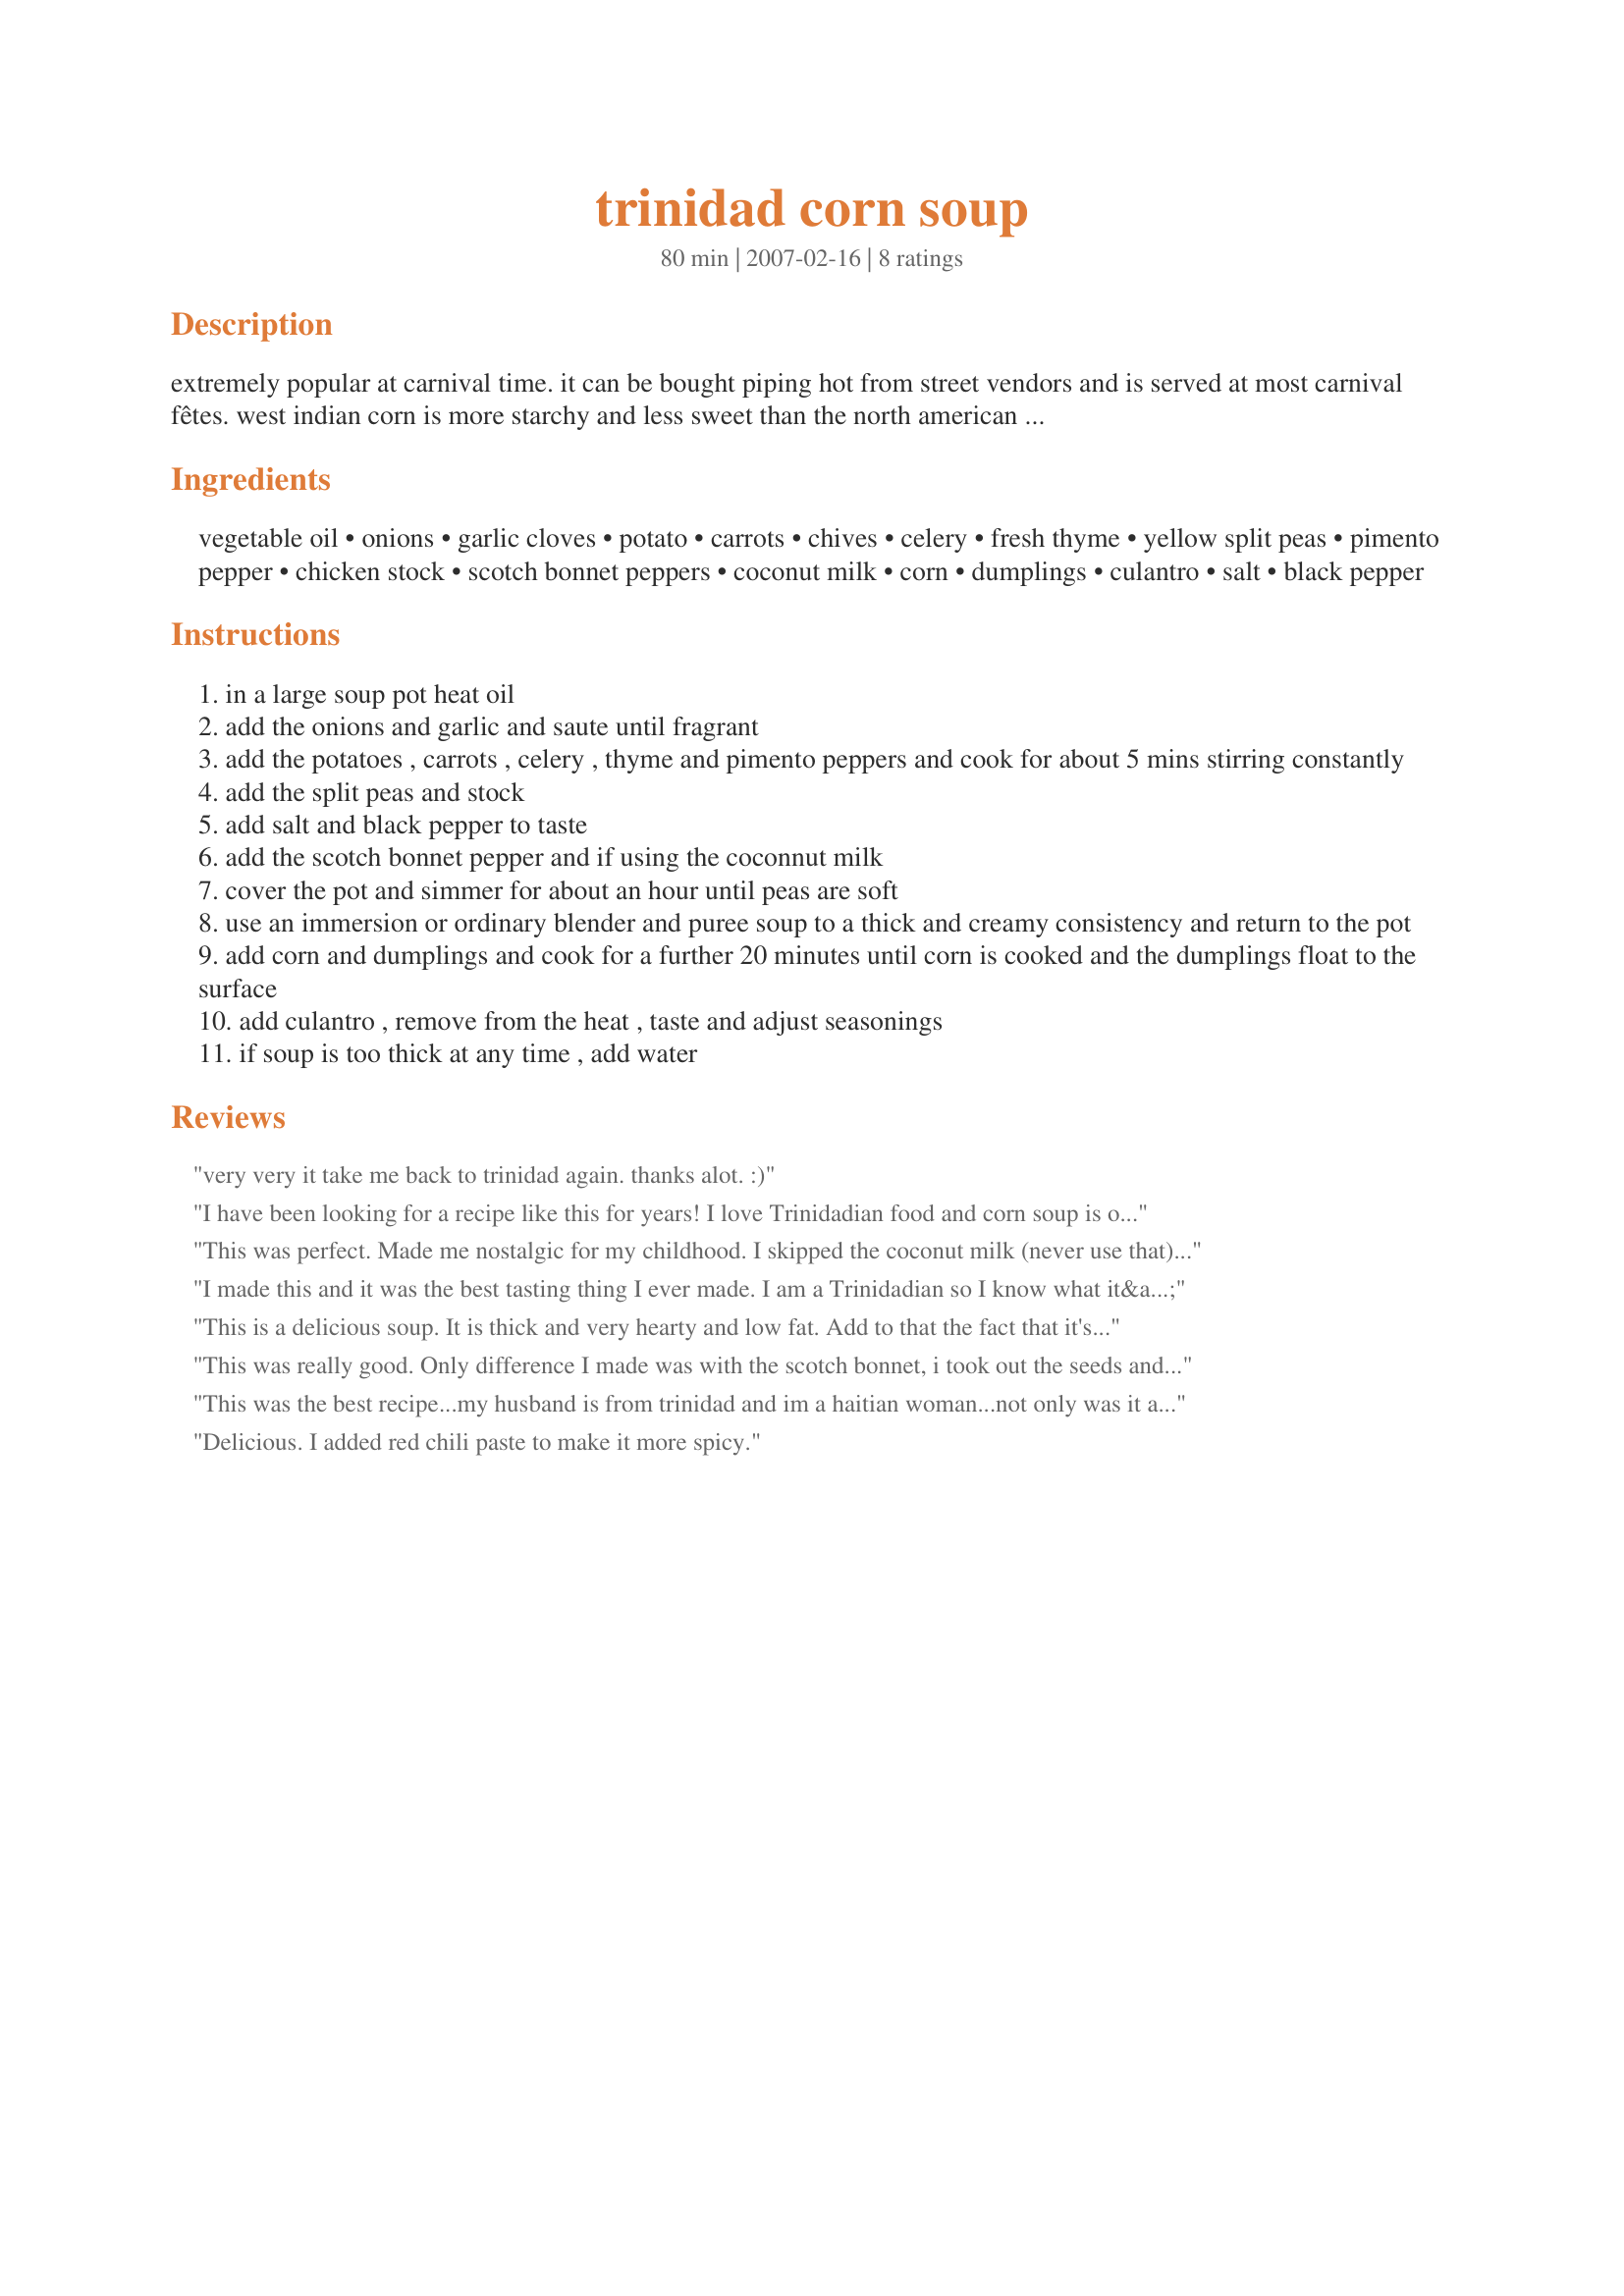
trinidad corn soup
Preparation time: 80 minutes

extremely popular at carnival time. it can be bought piping hot from street vendors and is served at most carnival fêtes. west indian corn is more starchy and less sweet than the north american variety but i don't imagine that other varieties of corn would detract from the flavour of this dish. goes a lot faster if done in a pressure coooker. for the dumplings refer to recipe#183964

Ingredients:
vegetable oil, onions, garlic cloves, potato, carrots, chives, celery, fresh thyme, yellow split peas, pimento pepper, chicken stock, scotch bonnet peppers, coconut milk, corn, dumplings, culantro, salt, black pepper

Steps:
in a large soup pot heat oil
add the onions and garlic and saute until fragrant
add the potatoes , carrots , celery , thyme and pimento peppers and cook for about 5 mins stirring constantly
add the split peas and stock
add salt and black pepper to taste
add the scotch bonnet pepper and if using the coconnut milk
cover the pot and simmer for about an hour until peas are soft
use an immersion or ordinary blender and puree soup to a thick and creamy consistency and return to the pot
add corn and dumplings and cook for a further 20 minutes until corn is cooked and the dumplings float to the surface
add culantro , remove from the heat , taste and adjust seasonings
if soup is too thick at any time , add water

Reviews:
very very it take me back to trinidad again. thanks alot. :)
I have been looking for a recipe like this for years! I love Trinidadian food and corn soup is one of my favorites...this was a great basic recipe which we changed a little based on ingredients on hand and personal taste, and it came out great. My husband (who is Trinidadian) loved it and said all we are missing is the white Styrofoam cups to serve it in ;-)
This was perfect. Made me nostalgic for my childhood. I skipped the coconut milk (never use that) and cilantro (because I didn't have it, but would probably only use in the Summer). Great recipe!
I made this and it was the best tasting thing I ever made. I am a Trinidadian so I know what it&#039;s supposed to taste like and it did!!!!!! I was shocked. Thank you so much. The only thing I didn&#039;t do was puree and sprinkle with the culantro at the end. I like my soup chunky. 5 stars
This is a delicious soup. It is thick and very hearty and low fat. Add to that the fact that it's simple to make and what's not to love. I did omit the hot pepper and coconut milk because DH wouldn't eat it with the peppers and I'm not a coconut fan. I think the dumplings would be great except for the fact that I can't make a decent dumpling to save my life and we would have just picked them out and tossed them post pix. I really didn't see the point in that. It does have everything else though! This would be perfect in the cold months as it's very substantial. de Roche, I'm glad that I finally got to try one of your recipes.
This was really good. Only difference I made was with the scotch bonnet, i took out the seeds and put in the rest of the pepper i like mine with a spicy tinge. Then I also put salt beef in mine. It was awesome!
This was the best recipe...my husband is from trinidad and im a haitian woman...not only was it a hit with my family but his family loved it and was looking for more :)
Delicious. I added red chili paste to make it more spicy.
